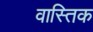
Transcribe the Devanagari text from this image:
वास्तिक